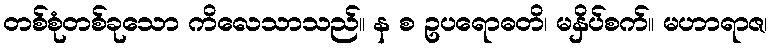
တစ်စုံတစ်ခုသော ကိလေသာသည်။ န စ ဥပရောဓတိ၊ မနှိပ်စက်။ မဟာရာဇ၊